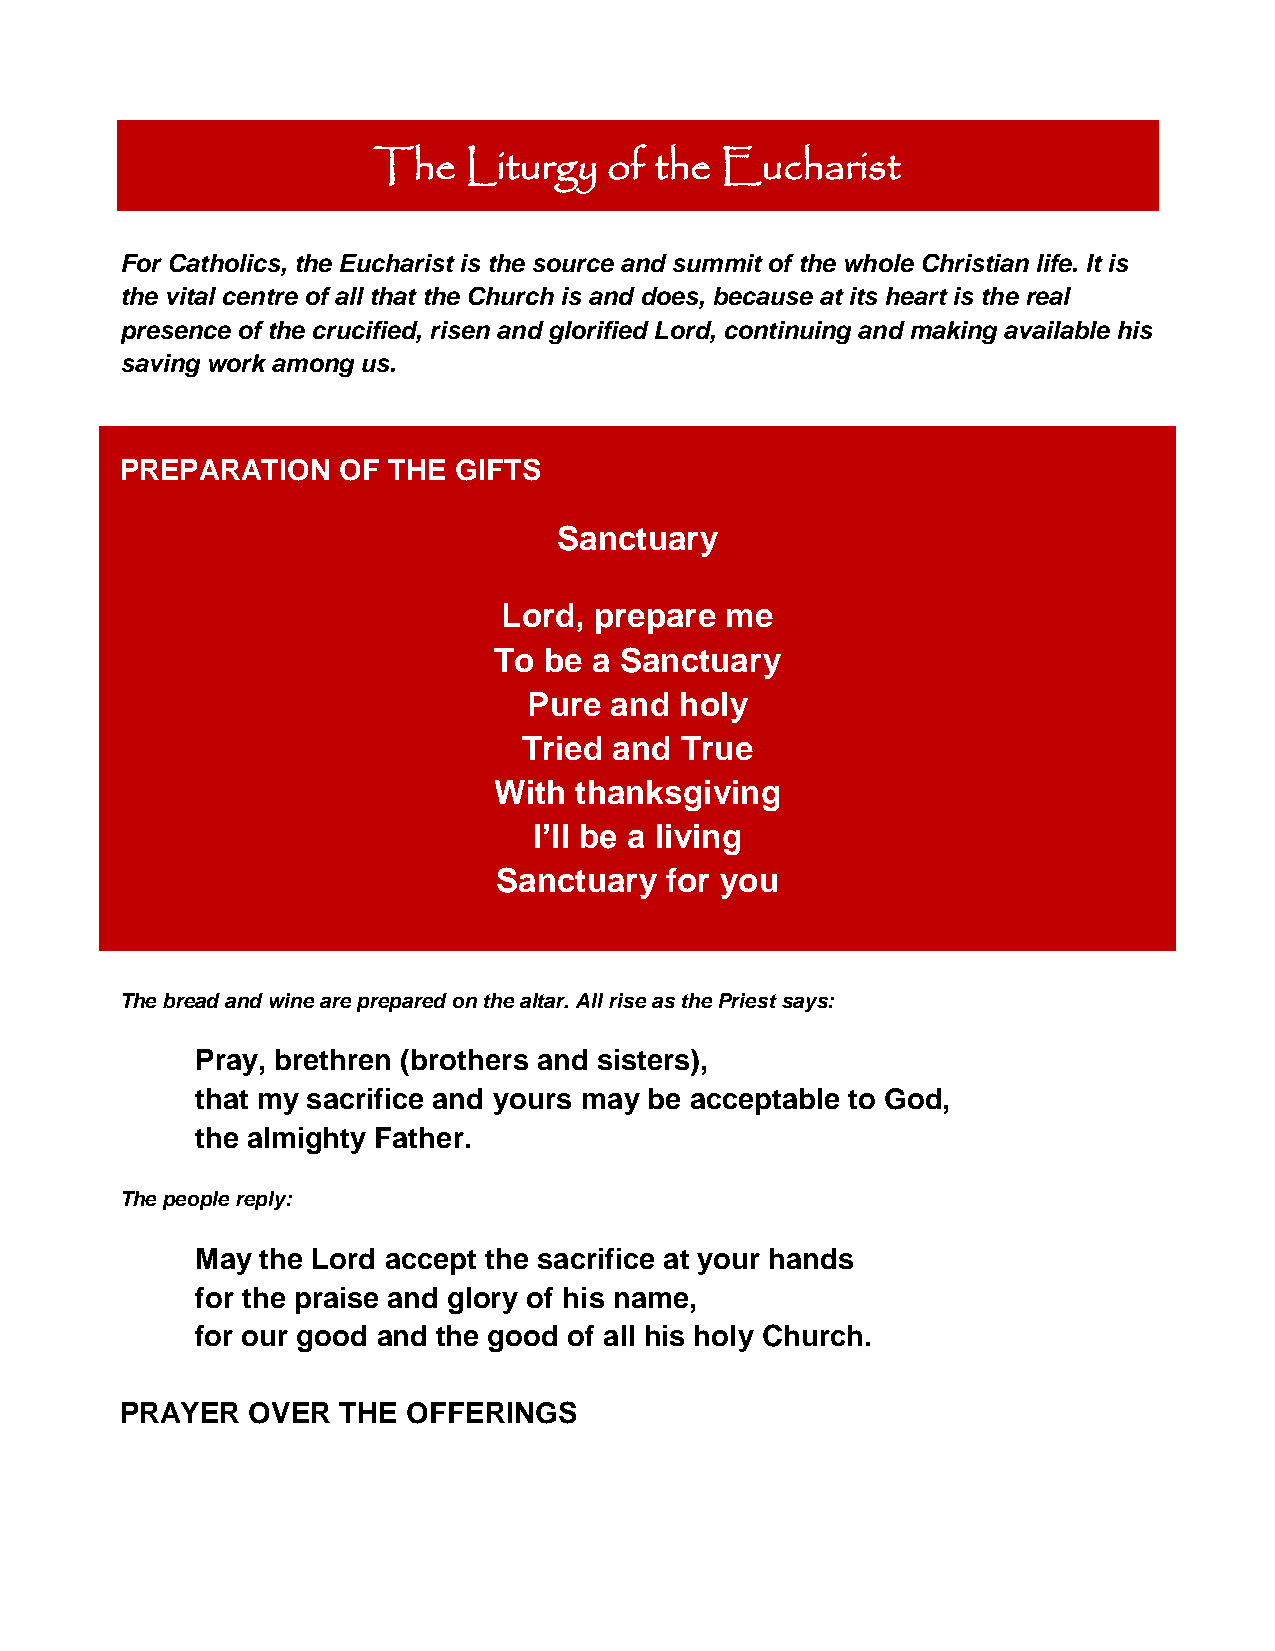
The   Liturgy  of the  Eucharist
 For Catholics, the Eucharist is the source and summit of the whole Christian life. It is
 the vital centre of all that the Church is and does, because at its heart is the real
 presence of the crucified, risen and glorified Lord, continuing and making available his
 saving work among us.
 PREPARATION    OF THE GIFTS
 Sanctuary
 Lord, prepare  me
 To be a Sanctuary
 Pure and  holy
 Tried and True
 With thanksgiving
 I’ll be a living
 Sanctuary  for you
 The bread and wine are prepared on the altar. All rise as the Priest says:
 Pray, brethren (brothers and sisters),
 that my sacrifice and yours may be acceptable to God,
 the almighty Father.
 The people reply:
 May the Lord accept the sacrifice at your hands
 for the praise and glory of his name,
 for our good and the good of all his holy Church.
 PRAYER   OVER  THE OFFERINGS